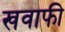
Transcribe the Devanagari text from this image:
खवाफी